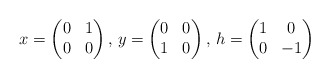
\begin{align*}x=\left(\begin{matrix} 0 & 1 \\ 0 & 0 \end{matrix} \right), \, y=\left(\begin{matrix} 0 & 0 \\ 1 & 0 \end{matrix} \right), \, h=\left(\begin{matrix} 1 & 0 \\ 0 & -1 \end{matrix} \right)\end{align*}